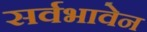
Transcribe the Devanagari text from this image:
सर्वभावेन